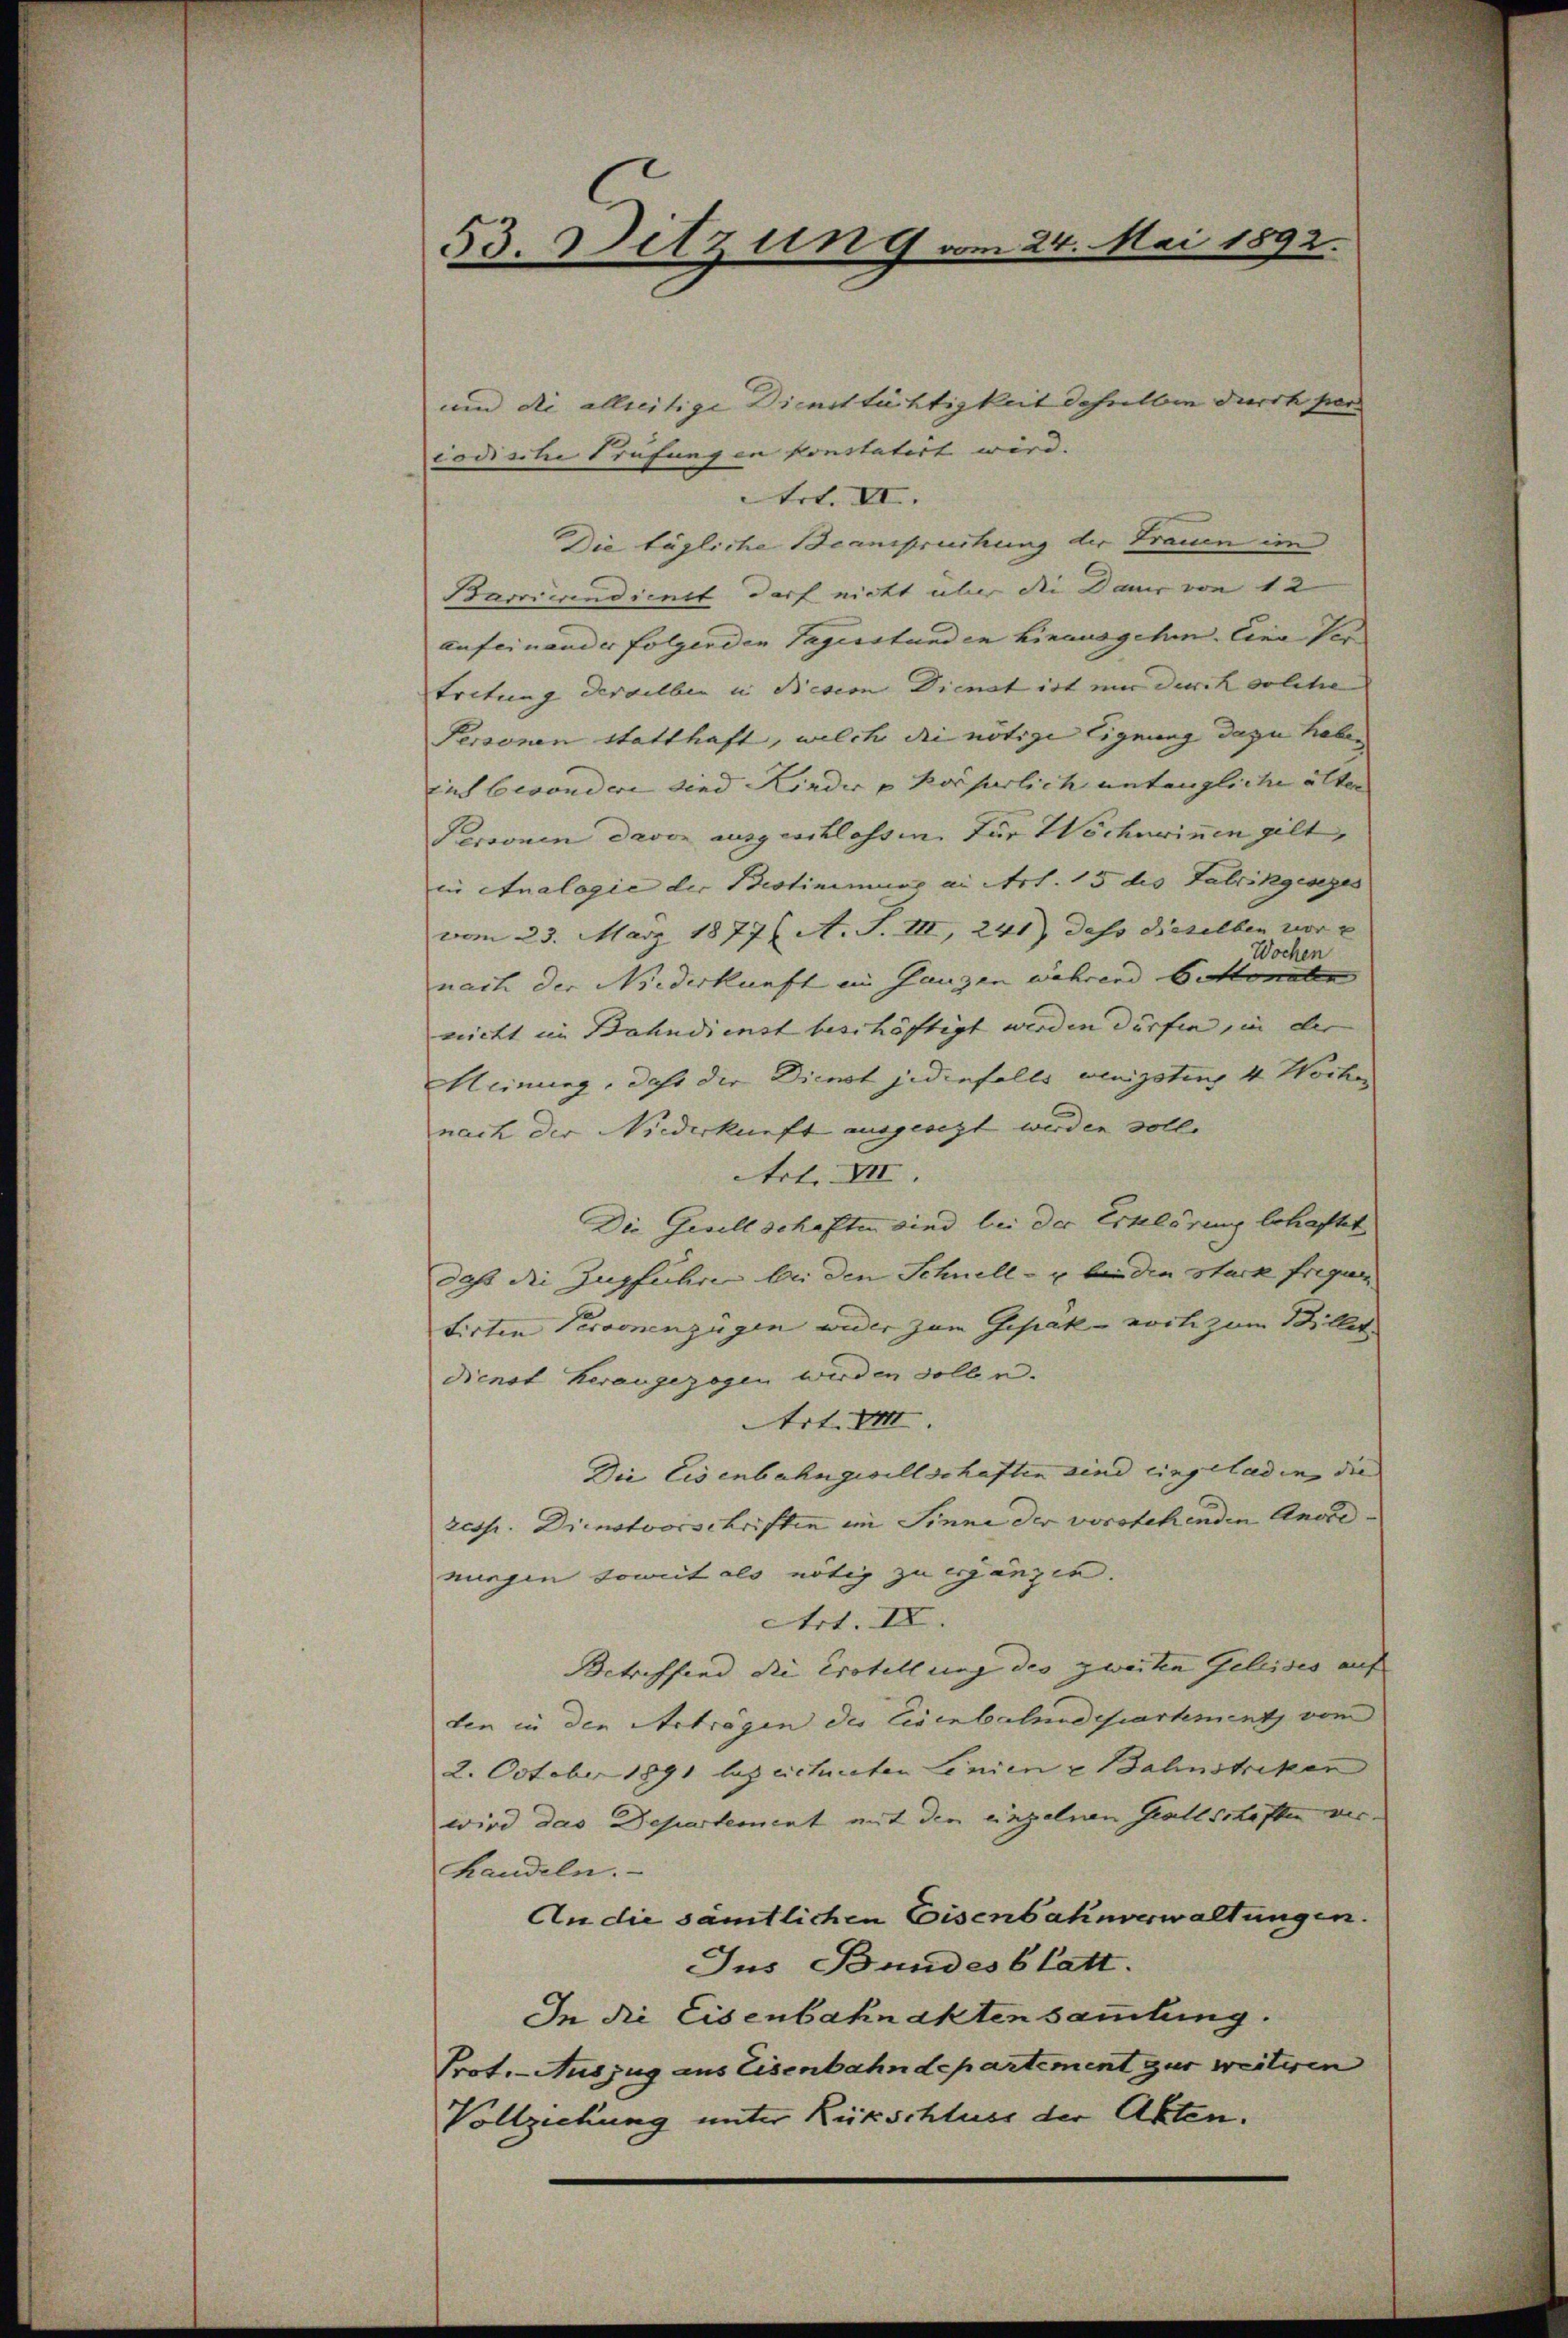
53. Ditzung vom 24. Mai 1892.

und die allzeitige Diensttüchtigkeit daselben durch per
iodische Prüfungen konstatirt wird. |
Art. VI.
Die tägliche Beanspruchung der Frauen im
Barrierendienst darf nicht über die Dauer von 12
aufeinander folgenden Tagesstunden hinausgehen. Eine Ver
tretung derselben in Besion Dienet ist um durch solche
Personen statthaft, welch die nötige Eignung dazu haben
ius besondere sind Kinder u Kaiserlich untengliche alten |
Personen davon ausgeschlossen für Wöcherinnen gilt,
in Analogie der Bestimmune an Art. 15 des Fabrikgesezes
vom 23. März 1877/ A. S. III, 241) dass dieselben vor e
Wochen
nach der Niederkunft im Gangen während 6 Monaten
nicht im Bahndienst beschäftigt werden dürfen, in der
Meinung, daß die Dienst jedenfalls wenigsten 4 Wochen
nach der Niederkunft ausgesezt werden soll.
Art. XII.
Die Gesellschaften sind bei der Erklärung behaftet
daß die Zugführen bei den Schnell- u. bei den Stuck fregun
tirten Personenzügen wider zum Gepak- vorli zum Billet
Dienst heraugezogen werden sollen.
Art. VIII.
Die Eisenbahngesellschaften sind eingeladen, die |
resp. Dienstvorschriften im Sinne der vorstehenden Anordnungen soweit als nötig zu ganzen.
Art. IV.
Betreffend die Erstellung des zweiten Geleises auf |
den in den Aetrögen des Eisenbahndepartement vom
2. October 1891 bezeichneten Linien & Bahnstriken
wird das Departement mit den einzelnen Gesellschaften ver-
handeln.
An die sämtlichen Eisenbahnverwaltungen.
Jus Bundesblatt.
In die Eisenbahnakten sammlung.
Prot. Auszug aus Eisenbahndepartement zur weiteren
Vollziehung unter Rückschluss der Akten.